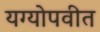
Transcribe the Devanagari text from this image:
यग्योपवीत